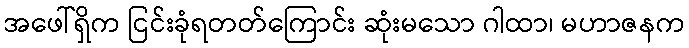
အဖေါ်ရှိက ငြင်းခုံရတတ်ကြောင်း ဆုံးမသော ဂါထာ၊ မဟာဇနက